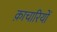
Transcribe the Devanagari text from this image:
क़ाचारियों